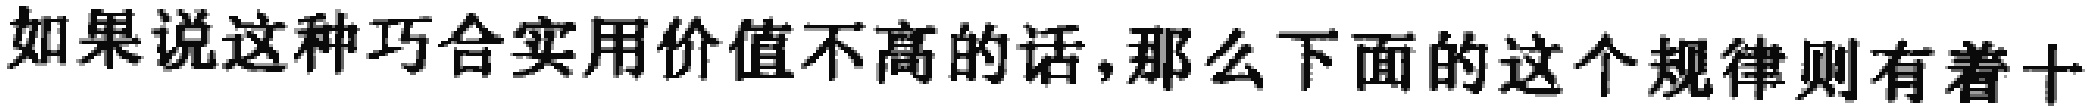
如果说这种巧合实用价值不高的话,那么下面的这个规律则有着十